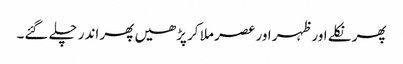
پھر نکلے اور ظہر اور عصر ملا کر پڑھیں پھر اندر چلے گئے۔